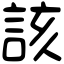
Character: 該